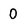
Character: O